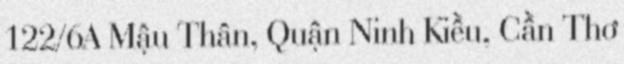
122/6A Mậu Thân, Quận Ninh Kiều, Cần Thơ